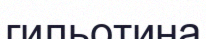
гильотина